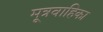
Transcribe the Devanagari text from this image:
मूत्रवाहिका